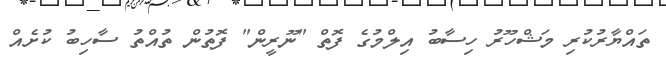
ތައްޔާރުކުރި މަޝްހޫރު ހިސާބު އިލްމުގެ ފޮތް "ނޫރީން" ފޮތުން ތުއްތު ސާހިބު ކުށެއް